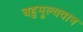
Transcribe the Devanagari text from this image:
बहुमूल्यवान